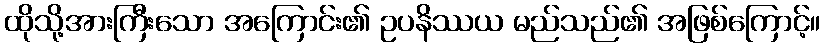
ထိုသို့အားကြီးသော အကြောင်း၏ ဥပနိဿယ မည်သည်၏ အဖြစ်ကြောင့်။